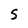
Character: 5